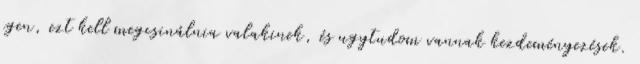
igen, ezt kell megcsinálnia valakinek, és ugytudom vannak kezdeményezések.